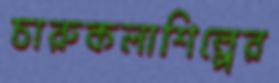
চারুকলাশিল্পের